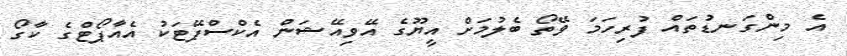
އެ މިންގަނޑުތައް ފުރިހަމަ ވޭތޯ ބެލުމަށް އީޔޫގެ އޭވިއޭޝަން އެކްސްޕޭޓަކު އެއާޕޯޓްގެ ކާގޯ